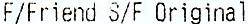
F/FRIEND S/F ORIGINAL